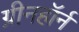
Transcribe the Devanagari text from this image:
ग्रीनहॉर्न